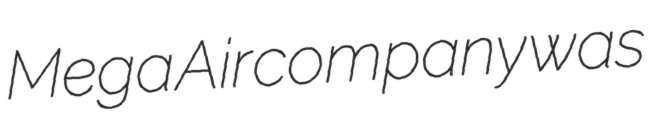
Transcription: Mega Aircompany was